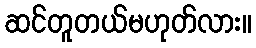
ဆင်တူတယ်မဟုတ်လား။